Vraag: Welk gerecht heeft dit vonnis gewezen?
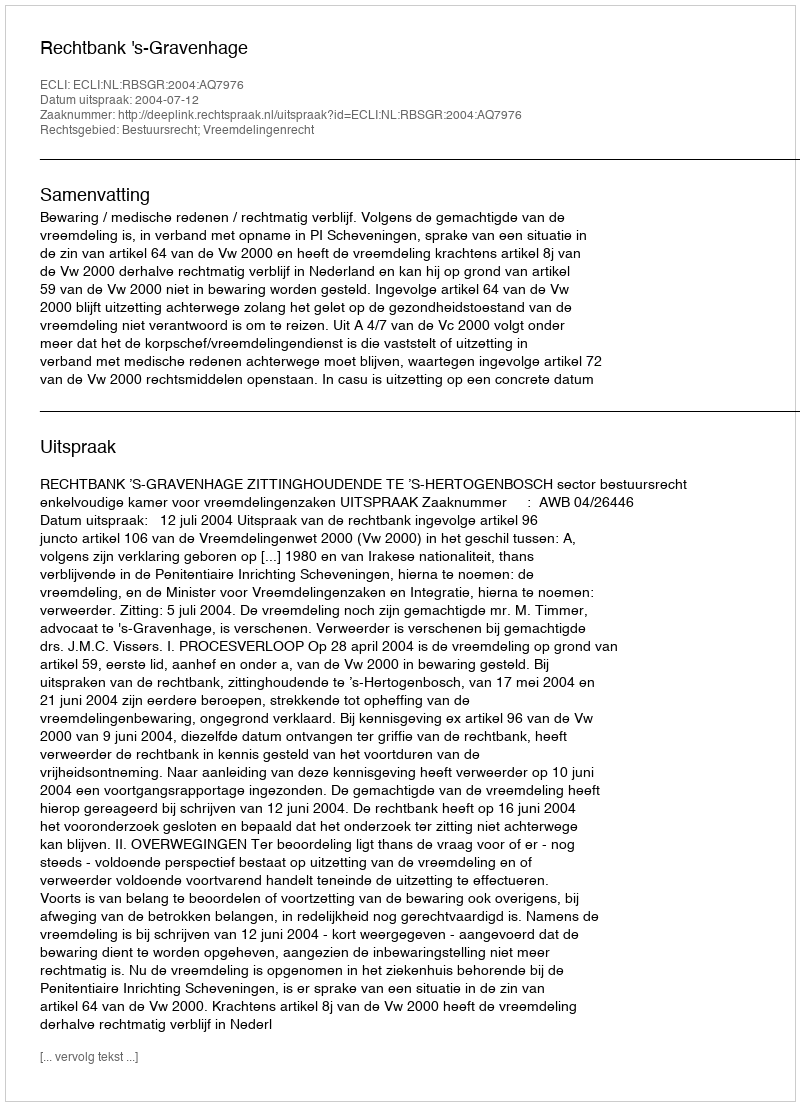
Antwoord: Rechtbank 's-Gravenhage